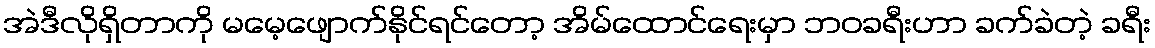
အဲဒီလိုရှိတာကို မမေ့ဖျောက်နိုင်ရင်တော့ အိမ်ထောင်ရေးမှာ ဘဝခရီးဟာ ခက်ခဲတဲ့ ခရီး